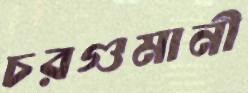
চরগুমানী